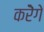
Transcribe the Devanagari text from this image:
करेॆगे